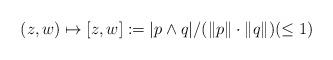
LaTeX: \begin{align*} (z,w)\mapsto [z,w]:=|p\wedge q|/(\|p\|\cdot\|q\|)(\le 1) \end{align*}